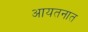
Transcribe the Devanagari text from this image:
आयतनात